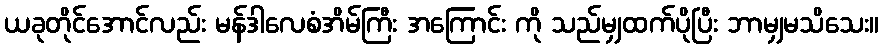
ယခုတိုင်အောင်လည်း မန်ဒါလေစံအိမ်ကြီး အကြောင်း ကို သည်မျှထက်ပိုပြီး ဘာမျှမသိသေး။